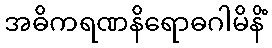
အဓိကရဏနိရောဓဂါမိနိံ